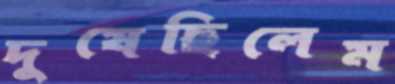
দুষেছিলেম